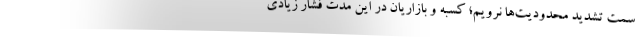
سمت تشدید محدودیت‌ها نرویم؛ کسبه و بازاریان در این مدت فشار زیادی